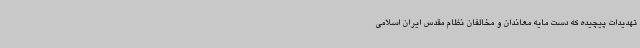
تهدیدات پیچیده که دست مایه معاندان و مخالفان نظام مقدس ایران اسلامی